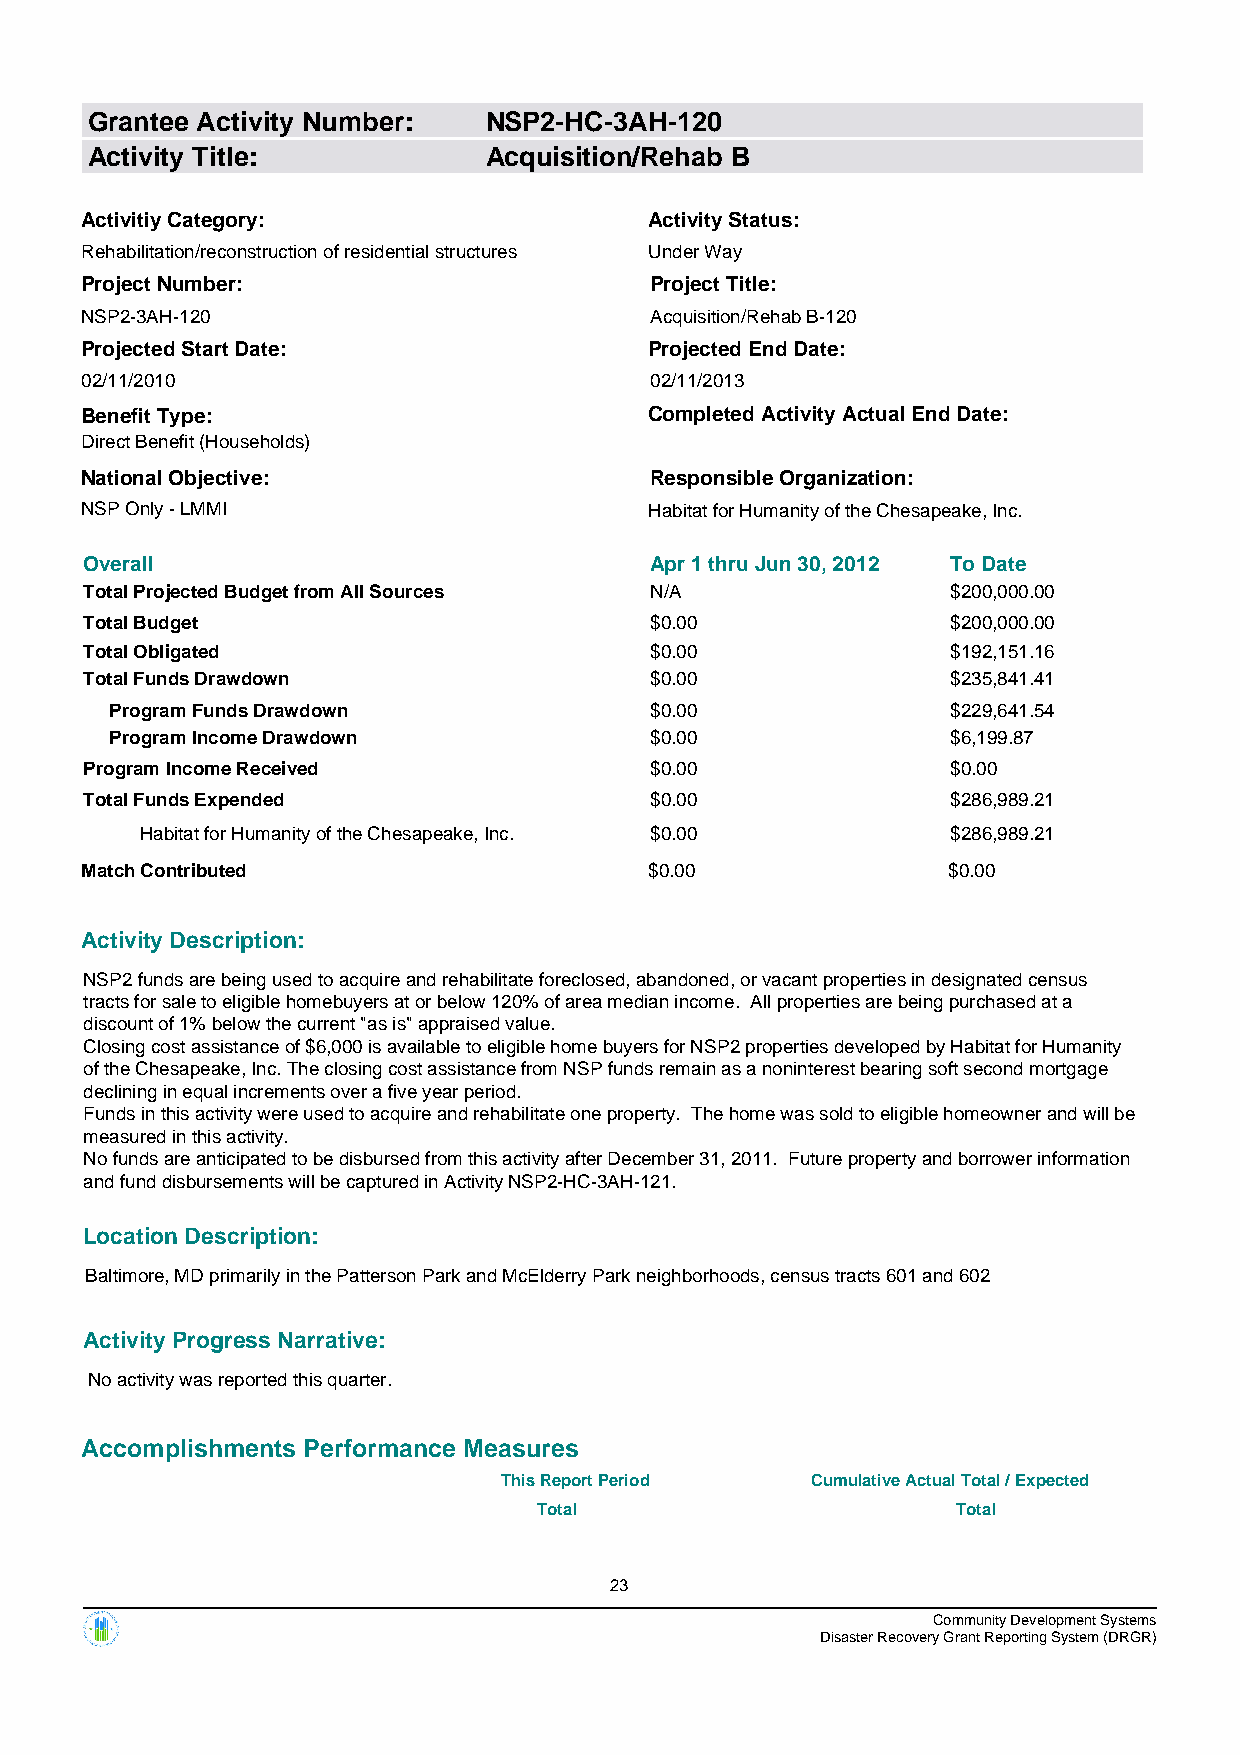
Grantee Activity Number:  NSP2-HC-3AH-120
 Activity Title:           Acquisition/Rehab B
 Activitiy Category:                   Activity Status:
 Rehabilitation/reconstruction of residential structures Under Way
 Project Number:                       Project Title:
 NSP2-3AH-120                          Acquisition/Rehab B-120
 Projected Start Date:                 Projected End Date:
 02/11/2010                            02/11/2013
 Benefit Type:                         Completed Activity Actual End Date:
 Direct Benefit (Households)
 National Objective:                   Responsible Organization:
 NSP Only - LMMI                       Habitat for Humanity of the Chesapeake, Inc.
 Overall                              Apr 1 thru Jun 30, 2012 To Date
 Total Projected Budget from All Sources N/A              $200,000.00
 Total Budget                         $0.00               $200,000.00
 Total Obligated                      $0.00               $192,151.16
 Total Funds Drawdown                 $0.00               $235,841.41
 Program Funds Drawdown              $0.00               $229,641.54
 Program Income Drawdown             $0.00               $6,199.87
 Program Income Received              $0.00               $0.00
 Total Funds Expended                 $0.00               $286,989.21
 Habitat for Humanity of the Chesapeake, Inc. $0.00    $286,989.21
 Match Contributed                     $0.00               $0.00
 Activity Description:
 NSP2 funds are being used to acquire and rehabilitate foreclosed, abandoned, or vacant properties in designated census
 tracts for sale to eligible homebuyers at or below 120% of area median income. All properties are being purchased at a
 discount of 1% below the current "as is" appraised value.
 Closing cost assistance of $6,000 is available to eligible home buyers for NSP2 properties developed by Habitat for Humanity
 of the Chesapeake, Inc. The closing cost assistance from NSP funds remain as a noninterest bearing soft second mortgage
 declining in equal increments over a five year period.
 Funds in this activity were used to acquire and rehabilitate one property. The home was sold to eligible homeowner and will be
 measured in this activity.
 No funds are anticipated to be disbursed from this activity after December 31, 2011. Future property and borrower information
 and fund disbursements will be captured in Activity NSP2-HC-3AH-121.
 Location Description:
 Baltimore, MD primarily in the Patterson Park and McElderry Park neighborhoods, census tracts 601 and 602
 Activity Progress Narrative:
 No activity was reported this quarter.
 Accomplishments Performance Measures
 This Report Period   Cumulative Actual Total / Expected
 Total                      Total
 23
 Community Development Systems
 Disaster Recovery Grant Reporting System (DRGR)